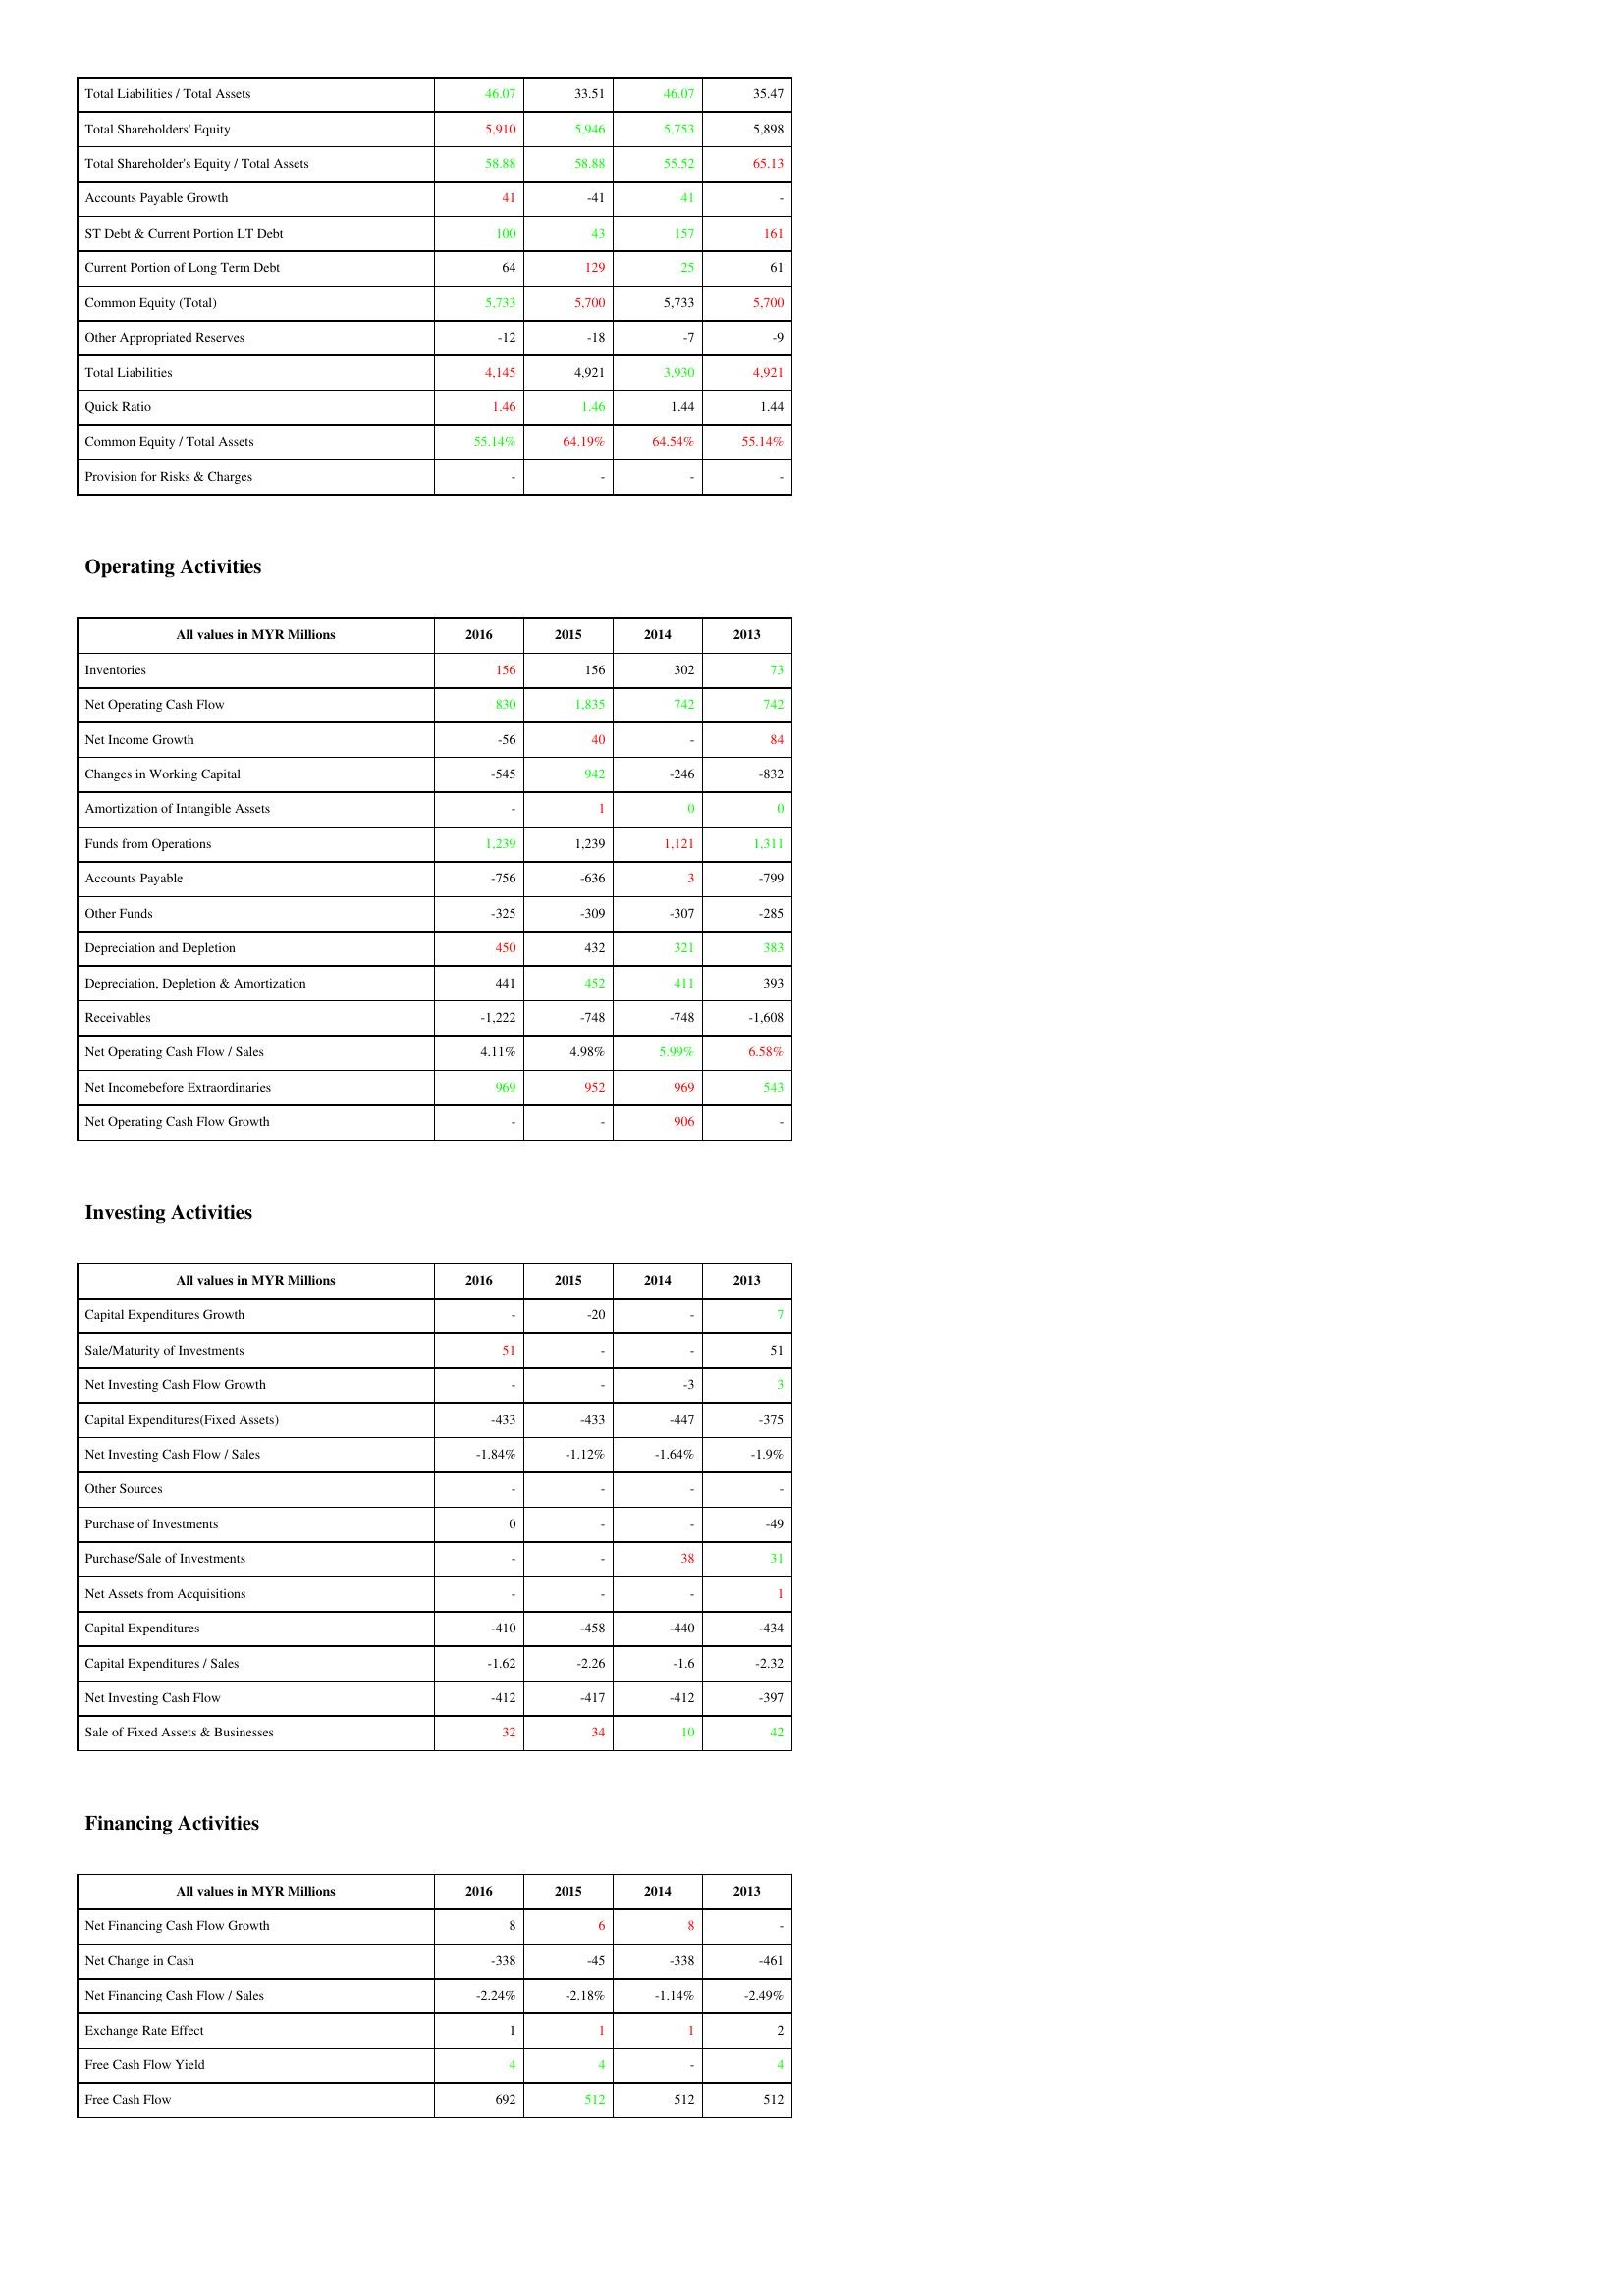
gt_parse: 2016: Liabilities & Shareholder's Equity: Total Liabilities / Total Assets: 46.07
Total Shareholders' Equity: 5,910
Total Shareholder's Equity / Total Assets: 58.88
Accounts Payable Growth: 41
ST Debt & Current Portion LT Debt: 100
Current Portion of Long Term Debt: 64
Common Equity (Total): 5,733
Other Appropriated Reserves: -12
Total Liabilities: 4,145
Quick Ratio: 1.46
Common Equity / Total Assets: 55.14%
Provision for Risks & Charges: -
Operating Activities: Inventories: 156
Net Operating Cash Flow: 830
Net Income Growth: -56
Changes in Working Capital: -545
Amortization of Intangible Assets: -
Funds from Operations: 1,239
Accounts Payable: -756
Other Funds: -325
Depreciation and Depletion: 450
Depreciation, Depletion & Amortization: 441
Receivables: -1,222
Net Operating Cash Flow / Sales: 4.11%
Net Incomebefore Extraordinaries: 969
Net Operating Cash Flow Growth: -
Investing Activities: Capital Expenditures Growth: -
Sale/Maturity of Investments: 51
Net Investing Cash Flow Growth: -
Capital Expenditures(Fixed Assets): -433
Net Investing Cash Flow / Sales: -1.84%
Other Sources: -
Purchase of Investments: 0
Purchase/Sale of Investments: -
Net Assets from Acquisitions: -
Capital Expenditures: -410
Capital Expenditures / Sales: -1.62
Net Investing Cash Flow: -412
Sale of Fixed Assets & Businesses: 32
Financing Activities: Net Financing Cash Flow Growth: 8
Net Change in Cash: -338
Net Financing Cash Flow / Sales: -2.24%
Exchange Rate Effect: 1
Free Cash Flow Yield: 4
Free Cash Flow: 692
2015: Liabilities & Shareholder's Equity: Total Liabilities / Total Assets: 33.51
Total Shareholders' Equity: 5,946
Total Shareholder's Equity / Total Assets: 58.88
Accounts Payable Growth: -41
ST Debt & Current Portion LT Debt: 43
Current Portion of Long Term Debt: 129
Common Equity (Total): 5,700
Other Appropriated Reserves: -18
Total Liabilities: 4,921
Quick Ratio: 1.46
Common Equity / Total Assets: 64.19%
Provision for Risks & Charges: -
Operating Activities: Inventories: 156
Net Operating Cash Flow: 1,835
Net Income Growth: 40
Changes in Working Capital: 942
Amortization of Intangible Assets: 1
Funds from Operations: 1,239
Accounts Payable: -636
Other Funds: -309
Depreciation and Depletion: 432
Depreciation, Depletion & Amortization: 452
Receivables: -748
Net Operating Cash Flow / Sales: 4.98%
Net Incomebefore Extraordinaries: 952
Net Operating Cash Flow Growth: -
Investing Activities: Capital Expenditures Growth: -20
Sale/Maturity of Investments: -
Net Investing Cash Flow Growth: -
Capital Expenditures(Fixed Assets): -433
Net Investing Cash Flow / Sales: -1.12%
Other Sources: -
Purchase of Investments: -
Purchase/Sale of Investments: -
Net Assets from Acquisitions: -
Capital Expenditures: -458
Capital Expenditures / Sales: -2.26
Net Investing Cash Flow: -417
Sale of Fixed Assets & Businesses: 34
Financing Activities: Net Financing Cash Flow Growth: 6
Net Change in Cash: -45
Net Financing Cash Flow / Sales: -2.18%
Exchange Rate Effect: 1
Free Cash Flow Yield: 4
Free Cash Flow: 512
2014: Liabilities & Shareholder's Equity: Total Liabilities / Total Assets: 46.07
Total Shareholders' Equity: 5,753
Total Shareholder's Equity / Total Assets: 55.52
Accounts Payable Growth: 41
ST Debt & Current Portion LT Debt: 157
Current Portion of Long Term Debt: 25
Common Equity (Total): 5,733
Other Appropriated Reserves: -7
Total Liabilities: 3,930
Quick Ratio: 1.44
Common Equity / Total Assets: 64.54%
Provision for Risks & Charges: -
Operating Activities: Inventories: 302
Net Operating Cash Flow: 742
Net Income Growth: -
Changes in Working Capital: -246
Amortization of Intangible Assets: 0
Funds from Operations: 1,121
Accounts Payable: 3
Other Funds: -307
Depreciation and Depletion: 321
Depreciation, Depletion & Amortization: 411
Receivables: -748
Net Operating Cash Flow / Sales: 5.99%
Net Incomebefore Extraordinaries: 969
Net Operating Cash Flow Growth: 906
Investing Activities: Capital Expenditures Growth: -
Sale/Maturity of Investments: -
Net Investing Cash Flow Growth: -3
Capital Expenditures(Fixed Assets): -447
Net Investing Cash Flow / Sales: -1.64%
Other Sources: -
Purchase of Investments: -
Purchase/Sale of Investments: 38
Net Assets from Acquisitions: -
Capital Expenditures: -440
Capital Expenditures / Sales: -1.6
Net Investing Cash Flow: -412
Sale of Fixed Assets & Businesses: 10
Financing Activities: Net Financing Cash Flow Growth: 8
Net Change in Cash: -338
Net Financing Cash Flow / Sales: -1.14%
Exchange Rate Effect: 1
Free Cash Flow Yield: -
Free Cash Flow: 512
2013: Liabilities & Shareholder's Equity: Total Liabilities / Total Assets: 35.47
Total Shareholders' Equity: 5,898
Total Shareholder's Equity / Total Assets: 65.13
Accounts Payable Growth: -
ST Debt & Current Portion LT Debt: 161
Current Portion of Long Term Debt: 61
Common Equity (Total): 5,700
Other Appropriated Reserves: -9
Total Liabilities: 4,921
Quick Ratio: 1.44
Common Equity / Total Assets: 55.14%
Provision for Risks & Charges: -
Operating Activities: Inventories: 73
Net Operating Cash Flow: 742
Net Income Growth: 84
Changes in Working Capital: -832
Amortization of Intangible Assets: 0
Funds from Operations: 1,311
Accounts Payable: -799
Other Funds: -285
Depreciation and Depletion: 383
Depreciation, Depletion & Amortization: 393
Receivables: -1,608
Net Operating Cash Flow / Sales: 6.58%
Net Incomebefore Extraordinaries: 543
Net Operating Cash Flow Growth: -
Investing Activities: Capital Expenditures Growth: 7
Sale/Maturity of Investments: 51
Net Investing Cash Flow Growth: 3
Capital Expenditures(Fixed Assets): -375
Net Investing Cash Flow / Sales: -1.9%
Other Sources: -
Purchase of Investments: -49
Purchase/Sale of Investments: 31
Net Assets from Acquisitions: 1
Capital Expenditures: -434
Capital Expenditures / Sales: -2.32
Net Investing Cash Flow: -397
Sale of Fixed Assets & Businesses: 42
Financing Activities: Net Financing Cash Flow Growth: -
Net Change in Cash: -461
Net Financing Cash Flow / Sales: -2.49%
Exchange Rate Effect: 2
Free Cash Flow Yield: 4
Free Cash Flow: 512